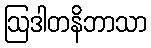
ဩဒါတနိဘာသာ